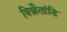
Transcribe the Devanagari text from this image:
विन्नैतांडि